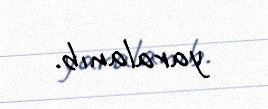
yaralanıb.